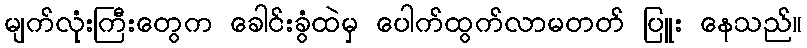
မျက်လုံးကြီးတွေက ခေါင်းခွံထဲမှ ပေါက်ထွက်လာမတတ် ပြူး နေသည်။